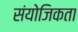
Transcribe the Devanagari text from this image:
संयोजिकता